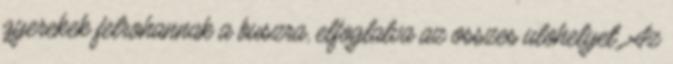
gyerekek felrohannak a buszra, elfoglalva az osszes ulohelyet. Az